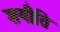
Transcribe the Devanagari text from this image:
शयीति